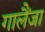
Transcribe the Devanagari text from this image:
गालैंजा